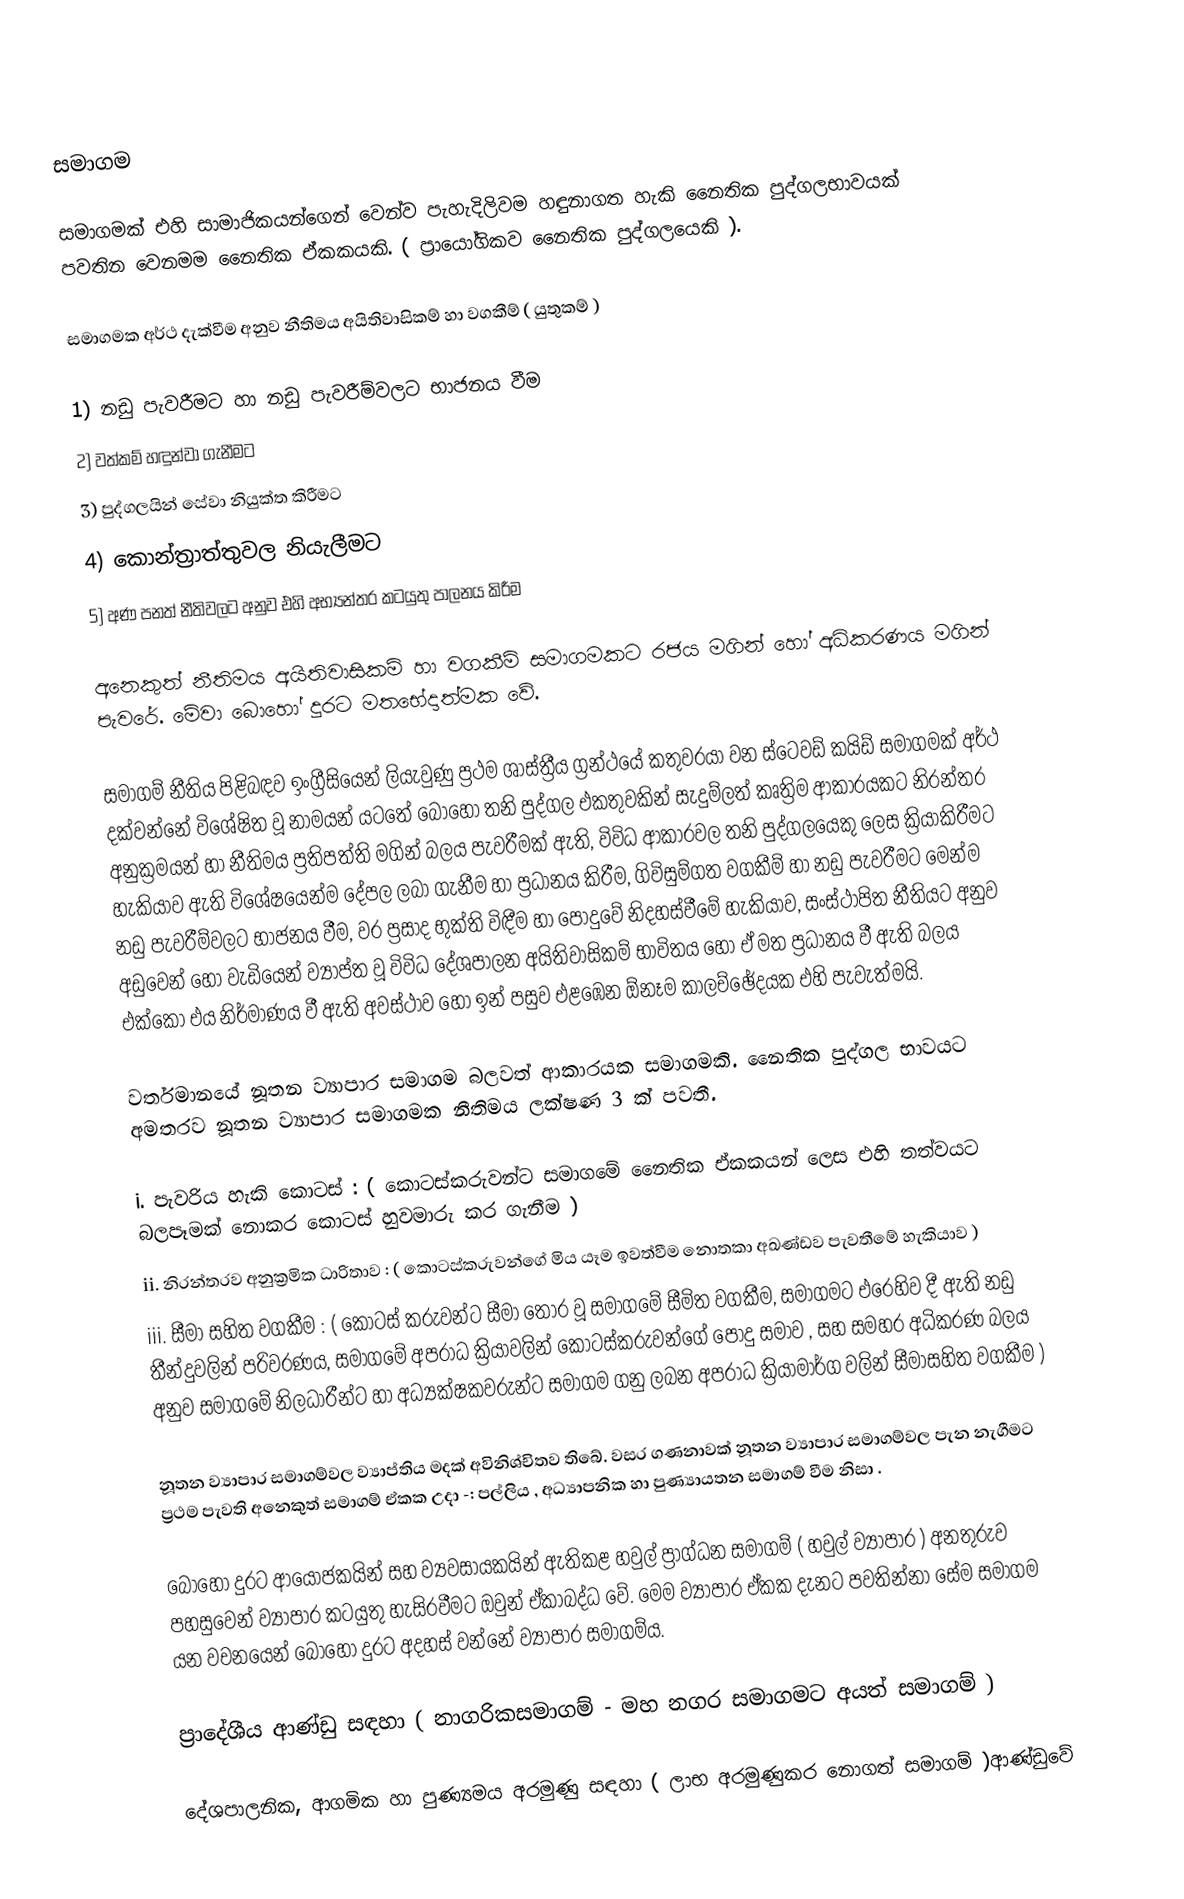
සමාගම

සමාගමක් එහි සාමාජිකයන්ගෙන් වෙන්ව පැහැදිලිවම හඳුනාගත හැකි නෛතික පුද්ගලභාවයක් පවතින වෙනමම නෛතික ඒකකයකි. ( ප්‍රායෝගිකව නෛතික පුද්ගලයෙකි ).

සමාගමක අර්ථ දැක්වීම අනුව නීතිමය අයිතිවාසිකම් හා වගකීම් ( යුතුකම් )

1)	නඩු පැවරීමට හා නඩු පැවරීම්වලට භාජනය වීම
2)	වත්කම් හඳුන්වා ගැනීමට
3)	පුද්ගලයින් සේවා නියුක්ත කිරීමට
4)	කොන්ත්‍රාත්තුවල නියැලීමට
5)	අණ පනත් නීතිවලට අනුව එහි අභ්‍යන්තර කටයුතු පාලනය කිරීම

අනෙකුත් නීතිමය අයිතිවාසිකම් හා වගකීම් සමාගමකට රජය මගින් හෝ අධිකරණය මගින් පැවරේ. මේවා බොහෝ දුරට මත‍‍භේදාත්මක වේ.

සමාගම් නීතිය පිළිබඳව ඉංග්‍රීසියෙන් ලියැවුණු ප්‍රථම ශාස්ත්‍රීය ග්‍රන්ථයේ කතුවරයා වන ස්ටෙවඩ් කයිඩ් සමාගමක් අර්ථ දක්වන්නේ විශේෂිත වූ නාමයන් යටතේ බොහෝ තනි පුද්ගල එකතුවකින් සැදුම්ලත් කෘත්‍රිම ආකාරයකට නිරන්තර අනුක්‍රමයන් හා නීතිමය ප්‍රතිපත්ති මගින් බලය පැවරීමක් ඇති, විවිධ ආකාරවල තනි පුද්ගලයෙකු ලෙස ක්‍රියාකිරීමට හැකියාව ඇති විශේෂයෙන්ම දේපල ලබා ගැනීම හා ප්‍රධානය කිරීම, ගිවිසුම්ගත වගකීම් හා නඩු පැවරීමට මෙන්ම නඩු පැවරීම්වලට භාජනය වීම, වර ප්‍රසාද භුක්ති විඳීම හා පොදුවේ  නිදහස්වීමේ හැකියාව, සංස්ථාපිත නීතියට අනුව අඩුවෙන් හෝ වැඩියෙන් ව්‍යාප්ත වූ විවිධ දේශපාලන අයිතිවාසිකම් භාවිතය හෝ ඒ මත ප්‍රධානය වී ඇති බලය එක්කෝ එය නිර්මාණය වී ඇති අවස්ථාව හෝ ඉන් පසුව එළඹෙන ඕනෑම කාලච්ඡේදයක එහි පැවැත්මයි.

වර්තමානයේ නූතන ව්‍යාපාර සමාගම බලවත් ආකාරයක සමාගමකි. නෛතික පුද්ගල භාවයට අමතරව නූතන ව්‍යාපාර සමාගමක නීතිමය ලක්ෂණ 3 ක් පවතී.

i.	පැවරිය හැකි කොටස් : ( කොටස්කරුවන්ට සමාගමේ නෛතික ඒකකයන් ලෙස එහි තත්වයට බලපෑමක් නොකර කොටස් හුවමාරු කර ගැනීම )
ii.	නිරන්තරව අනුක්‍රමික ධාරිතාව : ( කොටස්කරුවන්ගේ මිය යෑම ඉවත්වීම නොතකා අඛණ්ඩව පැවතීමේ හැකියාව )
iii.	සීමා සහිත වගකීම : ( කොටස් කරුවන්ට සීමා තොර වූ සමාගමේ සීමිත වගකීම, සමාගමට එරෙහිව දී ඇති නඩු තීන්දුවලින් පරිවරණය, සමාගමේ අපරාධ ක්‍රියාවලින් කොටස්කරුවන්ගේ පොදු සමාව , සහ සමහර අධිකරණ බලය අනුව සමාගමේ නිලධාරීන්ට හා අධ්‍යක්ෂකවරුන්ට සමාගම ගනු ලබන අපරාධ ක්‍රියාමාර්ග වලින් සීමාසහිත වගකීම )

නූතන ව්‍යාපාර සමාගම්වල ව්‍යාප්තිය මදක් අවිනිශ්චිතව තිබේ. වසර ගණනාවක් නූතන ව්‍යාපාර සමාගම්වල පැන නැගීමට ප්‍රථම පැවති අනෙකුත් සමාගම් ඒකක උදා -: පල්ලිය , අධ්‍යාපනික හා පුණ්‍යායතන සමාගම් වීම නිසා .

බොහෝ දුරට ආයෝජකයින් සහ ව්‍යවසායකයින් ඇතිකළ හවුල් ප්‍රාග්ධන සමාගම් ( හවුල් ව්‍යාපාර ) අනතුරුව පහසුවෙන් ව්‍යාපාර කටයුතු හැසිරවීමට ඔවුන් ඒකාබද්ධ වේ. මෙම ව්‍යාපාර ඒකක දැනට පවතින්නා සේම සමාගම යන වචනයෙන් බොහෝ දුරට අදහස් වන්නේ ව්‍යාපාර සමාගම්ය.

ප්‍රාදේශීය ආණ්ඩු සඳහා ( නාගරිකසමාගම් - මහ නගර සමාගමට අයත් සමාගම් )

දේශපාලනික, ආගමික හා පුණ්‍යමය අරමුණු සඳහා ( ලාභ අරමුණුකර නොගත් සමාගම් )ආණ්ඩුවේ